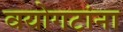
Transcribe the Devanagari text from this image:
वयोगटांना